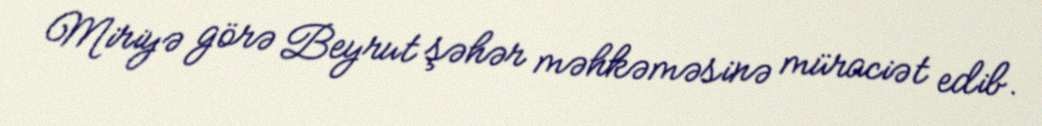
Miriyə görə Beyrut şəhər məhkəməsinə müraciət edib.